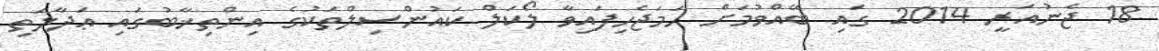
18 ޖެނުއަރީ 2014 ގައި ބޭއްވުމަށް ހަމަޖެހިފައިވާ ލޯކަލް ކައުންސިލްތަކުގެ އިންތިޚާބުގައި ޢަދާލަތި